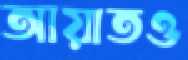
আয়াতও